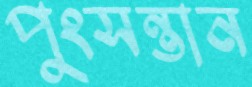
পুংসন্তান